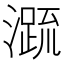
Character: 𭲭